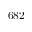
6 8 2